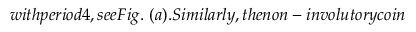
w i t h p e r i o d 4 , s e e F i g . ~ ( a ) . S i m i l a r l y , t h e n o n - i n v o l u t o r y c o i n